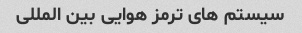
سیستم های ترمز هوایی بین المللی